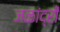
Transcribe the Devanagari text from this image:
जळांद्री